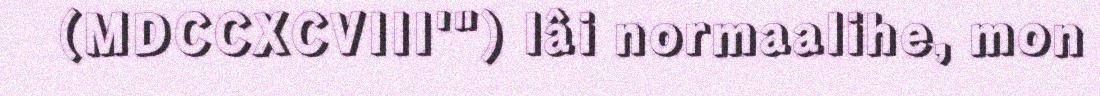
(MDCCXCVIII'") lâi normaalihe, mon